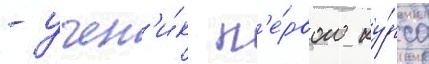
- учен'и́к п'е́рвого ку́рса